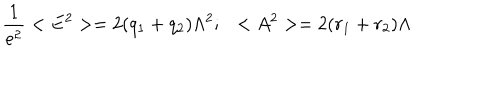
LaTeX: \frac { 1 } { e ^ { 2 } } < E ^ { 2 } > = 2 ( q _ { 1 } + q _ { 2 } ) \Lambda ^ { 2 } ; \ \ < A ^ { 2 } > = 2 ( r _ { 1 } + r _ { 2 } ) \Lambda